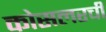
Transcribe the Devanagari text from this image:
कोसलरची